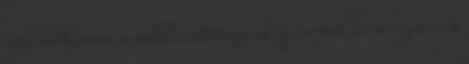
rám, mély, mint a halálé. Mennyi ideig tartott, természetesen